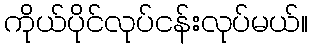
ကိုယ်ပိုင်လုပ်ငန်းလုပ်မယ်။